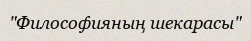
"Философияның шекарасы"